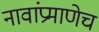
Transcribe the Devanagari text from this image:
नावांप्रमाणेच